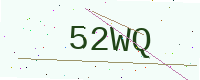
Text: 52WQ